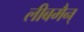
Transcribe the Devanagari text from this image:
लीबमैन्